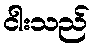
ငါးသည်